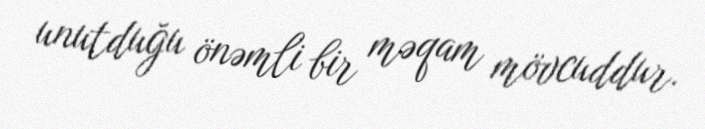
unutduğu önəmli bir məqam mövcuddur.